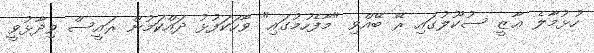
ހުޅުމާލެ ޢާޒީ ސުކޫލުގައި ރޭ ބޭއްވި "މާފެހުމުގައި" ވާހަކަފުޅު ދައްކަމުން ރައީސް ވިދާޅުވީ